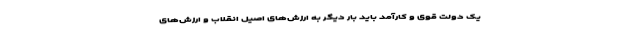
یک دولت قوی و کارآمد باید بار دیگر به ارزش‌های اصیل انقلاب و ارزش‌های